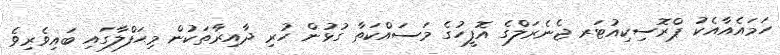
ހަމައެއާއެކު ޕްރޮސިކިއުޓަރ ޖެނެރަލްގެ އޮފީހުގެ މަސައްކަތާ ގުޅުން ހުރި ދާއިރާތަކުން މިޙަފްލާގައި ބައިވެރިވެ